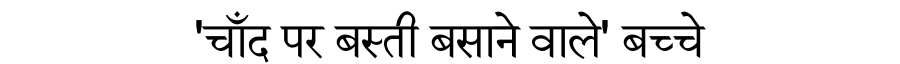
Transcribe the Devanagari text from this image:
'चाँद पर बस्ती बसाने वाले' बच्चे